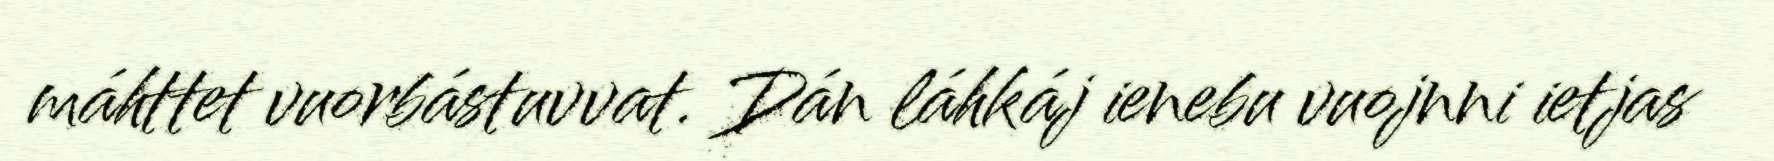
máhttet vuorbástuvvat. Dán láhkáj ienebu vuojnni ietjas